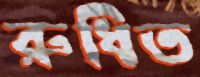
রুধিত